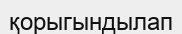
қорыгындылап